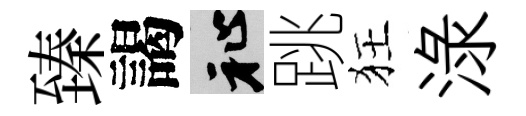
臻謁祉跳狂渌